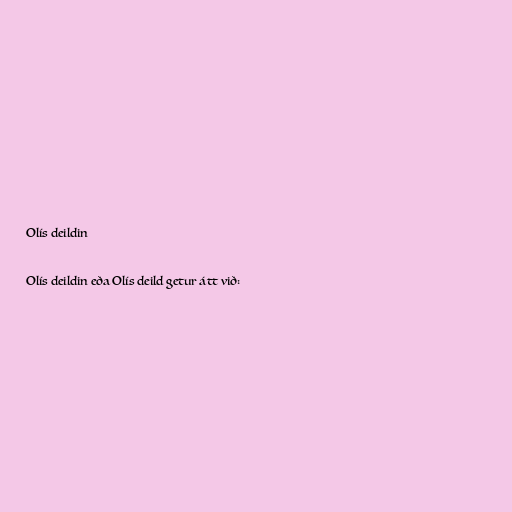
Olís deildin

Olís deildin eða Olís deild getur átt við: